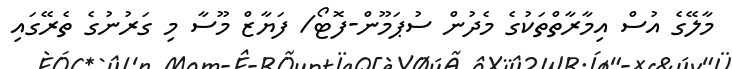
މާލޭގެ އުސް އިމާރާތްތަކުގެ މެދުން ސުޕަމޫން-ފޮޓޯ/ ފަޔާޒް މޫސާ މި ގަރުނުގެ ތެރޭގައި